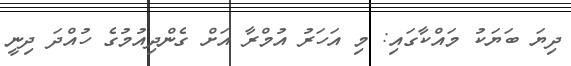
ދިޔަ ބަޔަކު މައްކާގައި: މި އަހަރު އުމްރާ އަށް ގެންދިއުމުގެ ހުއްދަ ދިނީ